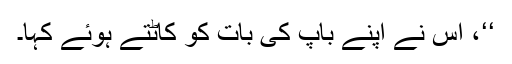
‘‘، اس نے اپنے باپ کی بات کو کاٹتے ہوئے کہا۔